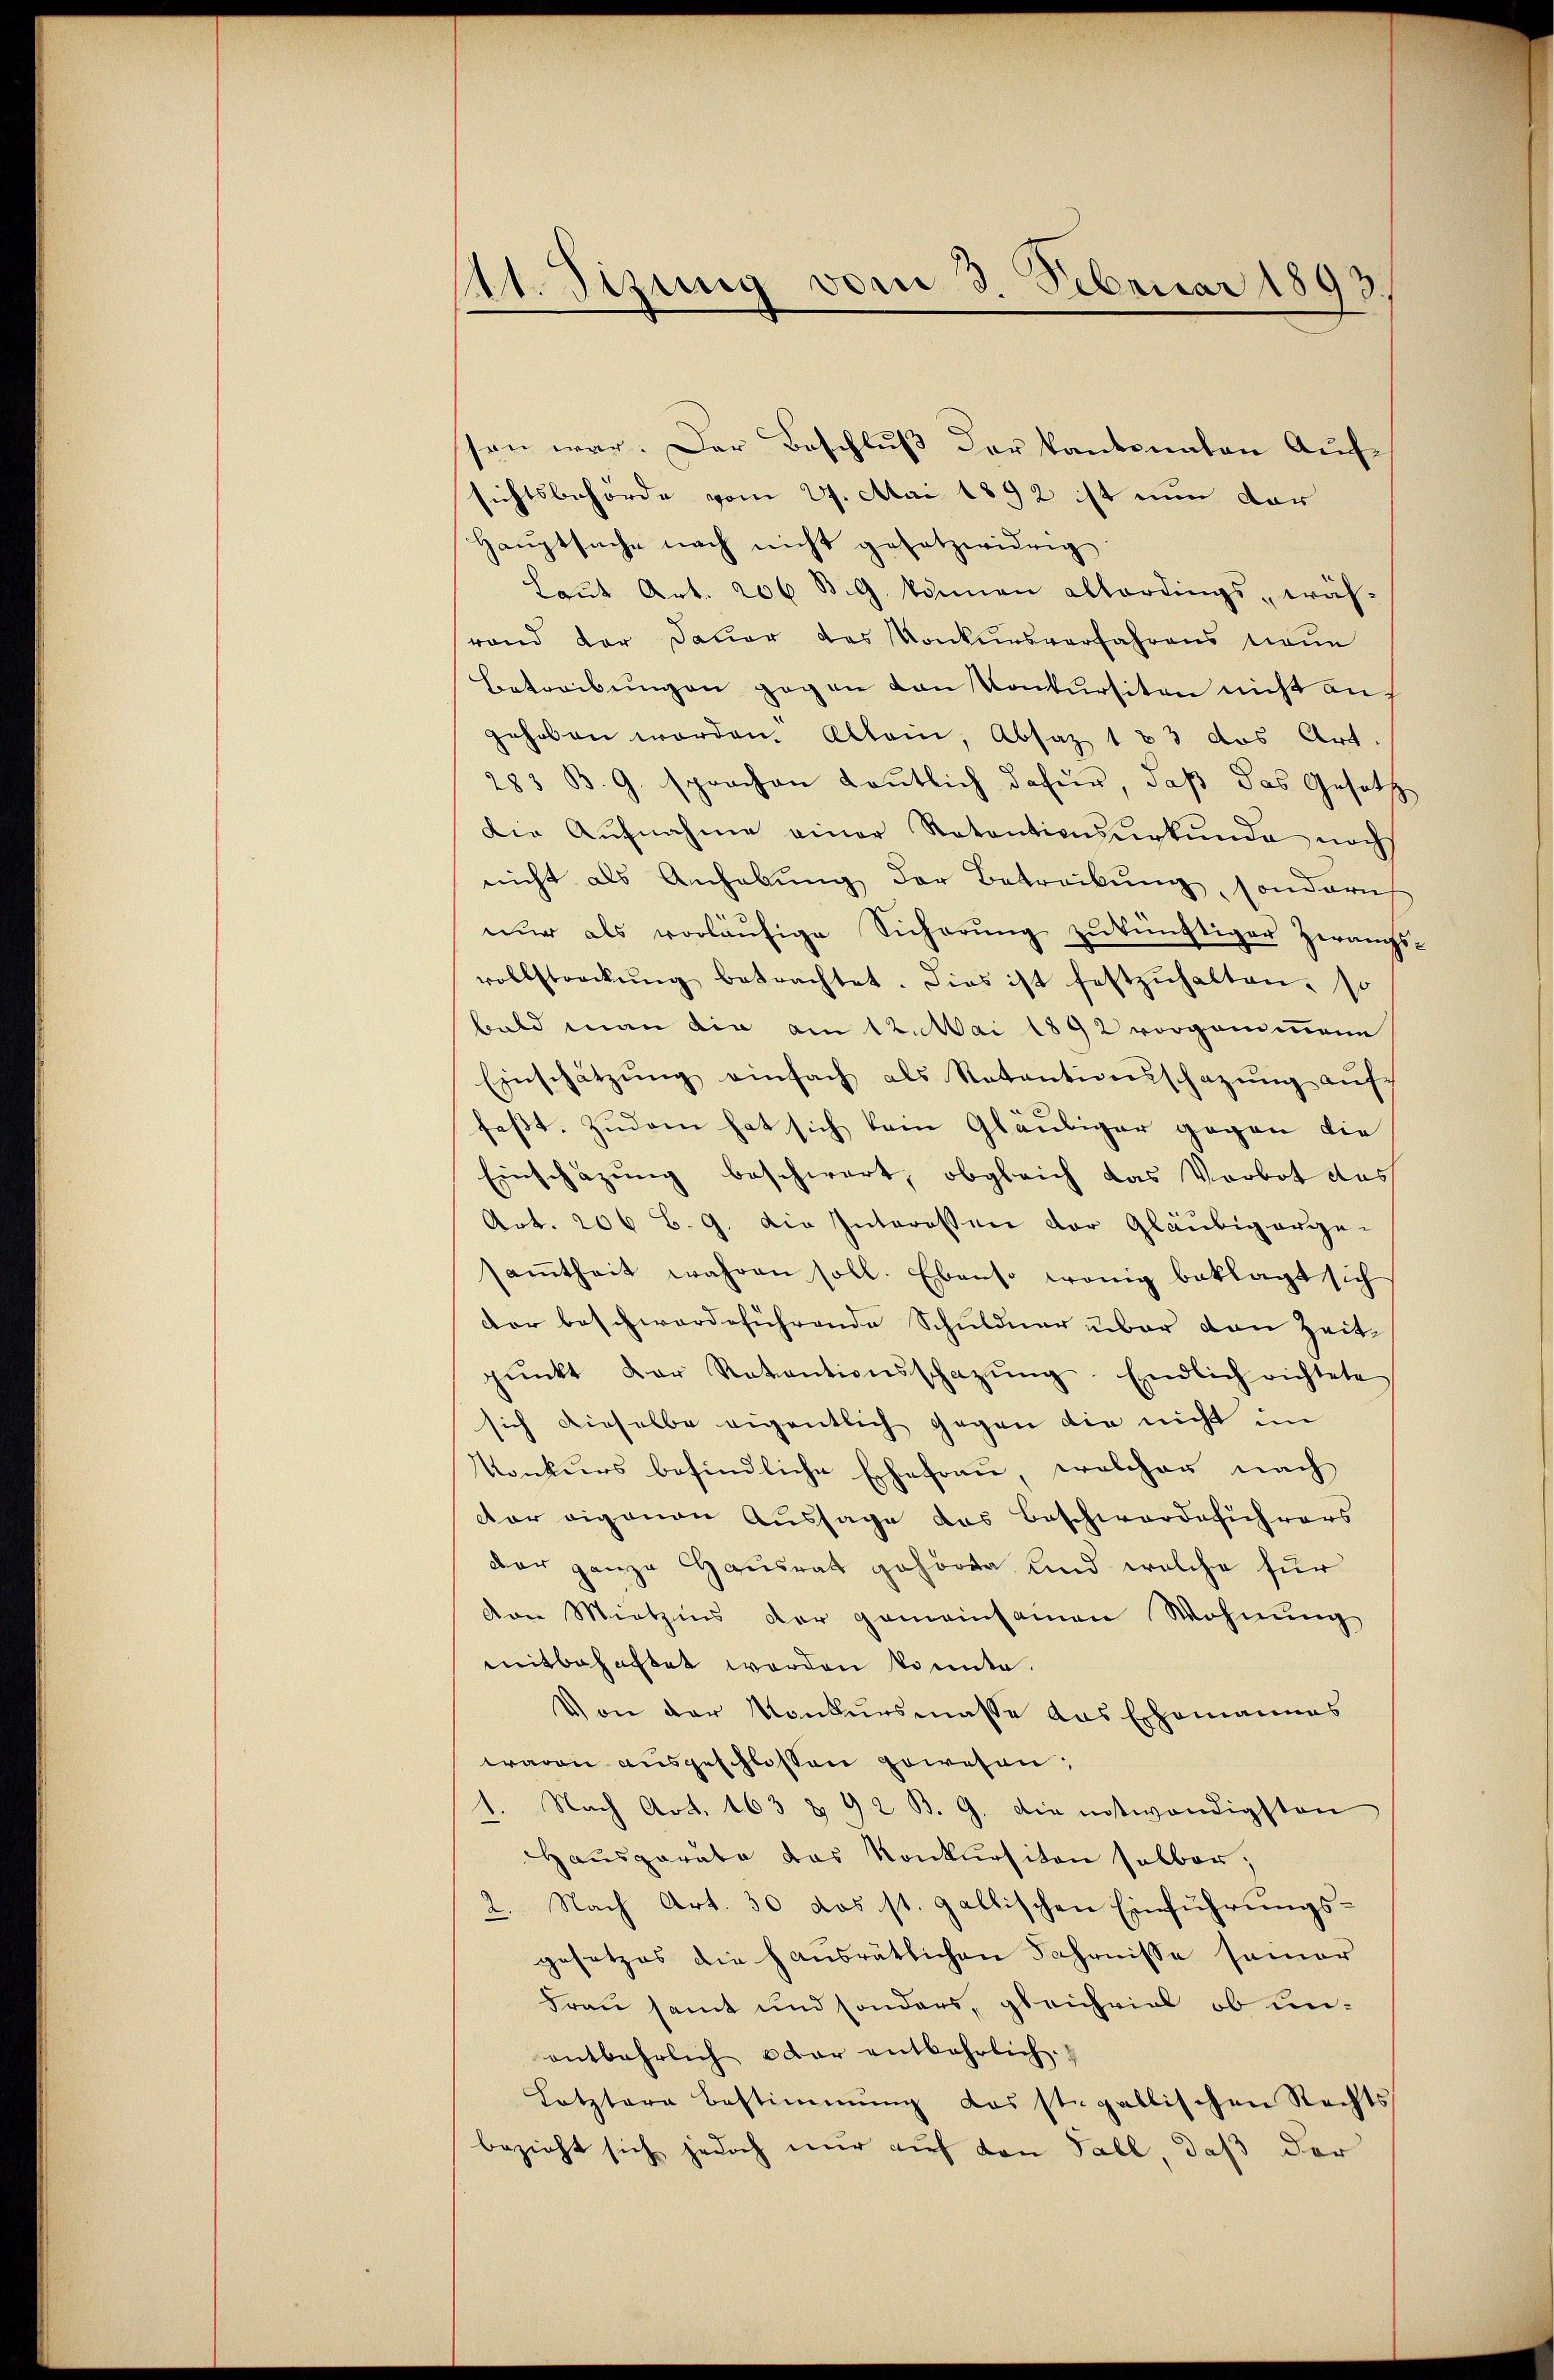
111. Sizung vom 3. Februar 1893.

sen war. Der Beschlŭβ der Kantonalen Aufsichtsbehörde vom 27. Mai 1892 ist nun dar
Haŭptsache nach nicht gesetzwidrig
Laŭt Art. 206 B. G. können allerdings -wäh-
rand der Dauer des Konkursverfahrens neue
Betreibungen gegen von Konkursiten nicht auf
gehoben worden. Allein, Absaz 183 das Art.
283 B. G. sprachen Leutlich dafür, daß das Gesetz-
Die Aŭfnahme einer Ratentionsverkŭnde noch
nicht als Anhabung der Betrackung, sonderich
nŭr als vorläŭfige Sicherŭng zŭ künftiger Zwangs-
vollstreckŭng betrachtet. Dies ist festzŭhalten. si
bald man die am 12. Mai 1892 vorganmann
Einschätzŭng einfach als Retentionsschazung aŭf
feßt. Zudem hat sich kein Gläubiger gegen die
Einschazung beschwert, obgleich das Vorbot das
Art. 206 B. 9. Die Interessen der Gläubigergesaṁtheit wahren soll. Ebenso wenig beklagt sich
der beschwerdeführende Schuldner über den Zeitpŭnkt der Retentionsschazung. Endlich richtete
sich dieselbe eigentlich gegen die nicht im
Konkurs befindliche Ehefrau welcher nach
dar eigenen Aussage das Beschwerdeführers
dar ganze Hausrat gehören und welche für
den Mietzins der gemeinsamen Wohnung
mitbehaftet werden könnte.
Von der Konkursmasse das Ehemannes
waren ausgeschlossen gewesen:
1. Nach Art. 163 & 92 B. G. die entwendigsten
Hausparate das Konkursiten selber,
2. Nach Art. 30 dos st. gallischen Einführungsgesetzes die Hausrätlichen Fahrnisse samer
Frau samt und sonders, gleichviel ob unentbehrlich dar entbehrlich.
Letztere bestimmung das ste gallischen Rechts
bezieht sich jedoch nur auf den Fall, daß der